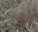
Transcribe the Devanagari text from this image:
केळाचा